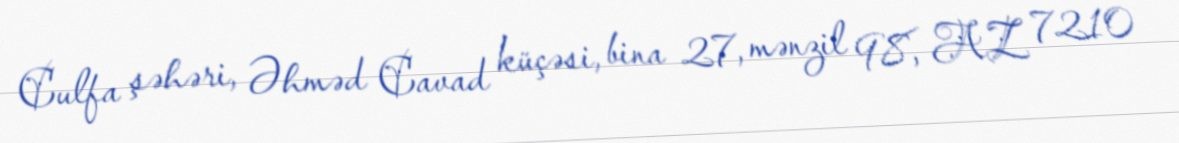
Culfa şəhəri, Əhməd Cavad küçəsi, bina 27, mənzil 98, AZ 7210